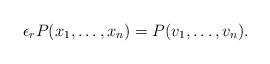
LaTeX: \begin{align*}\epsilon_rP(x_1, \ldots, x_n)=P(v_1, \ldots, v_n).\end{align*}